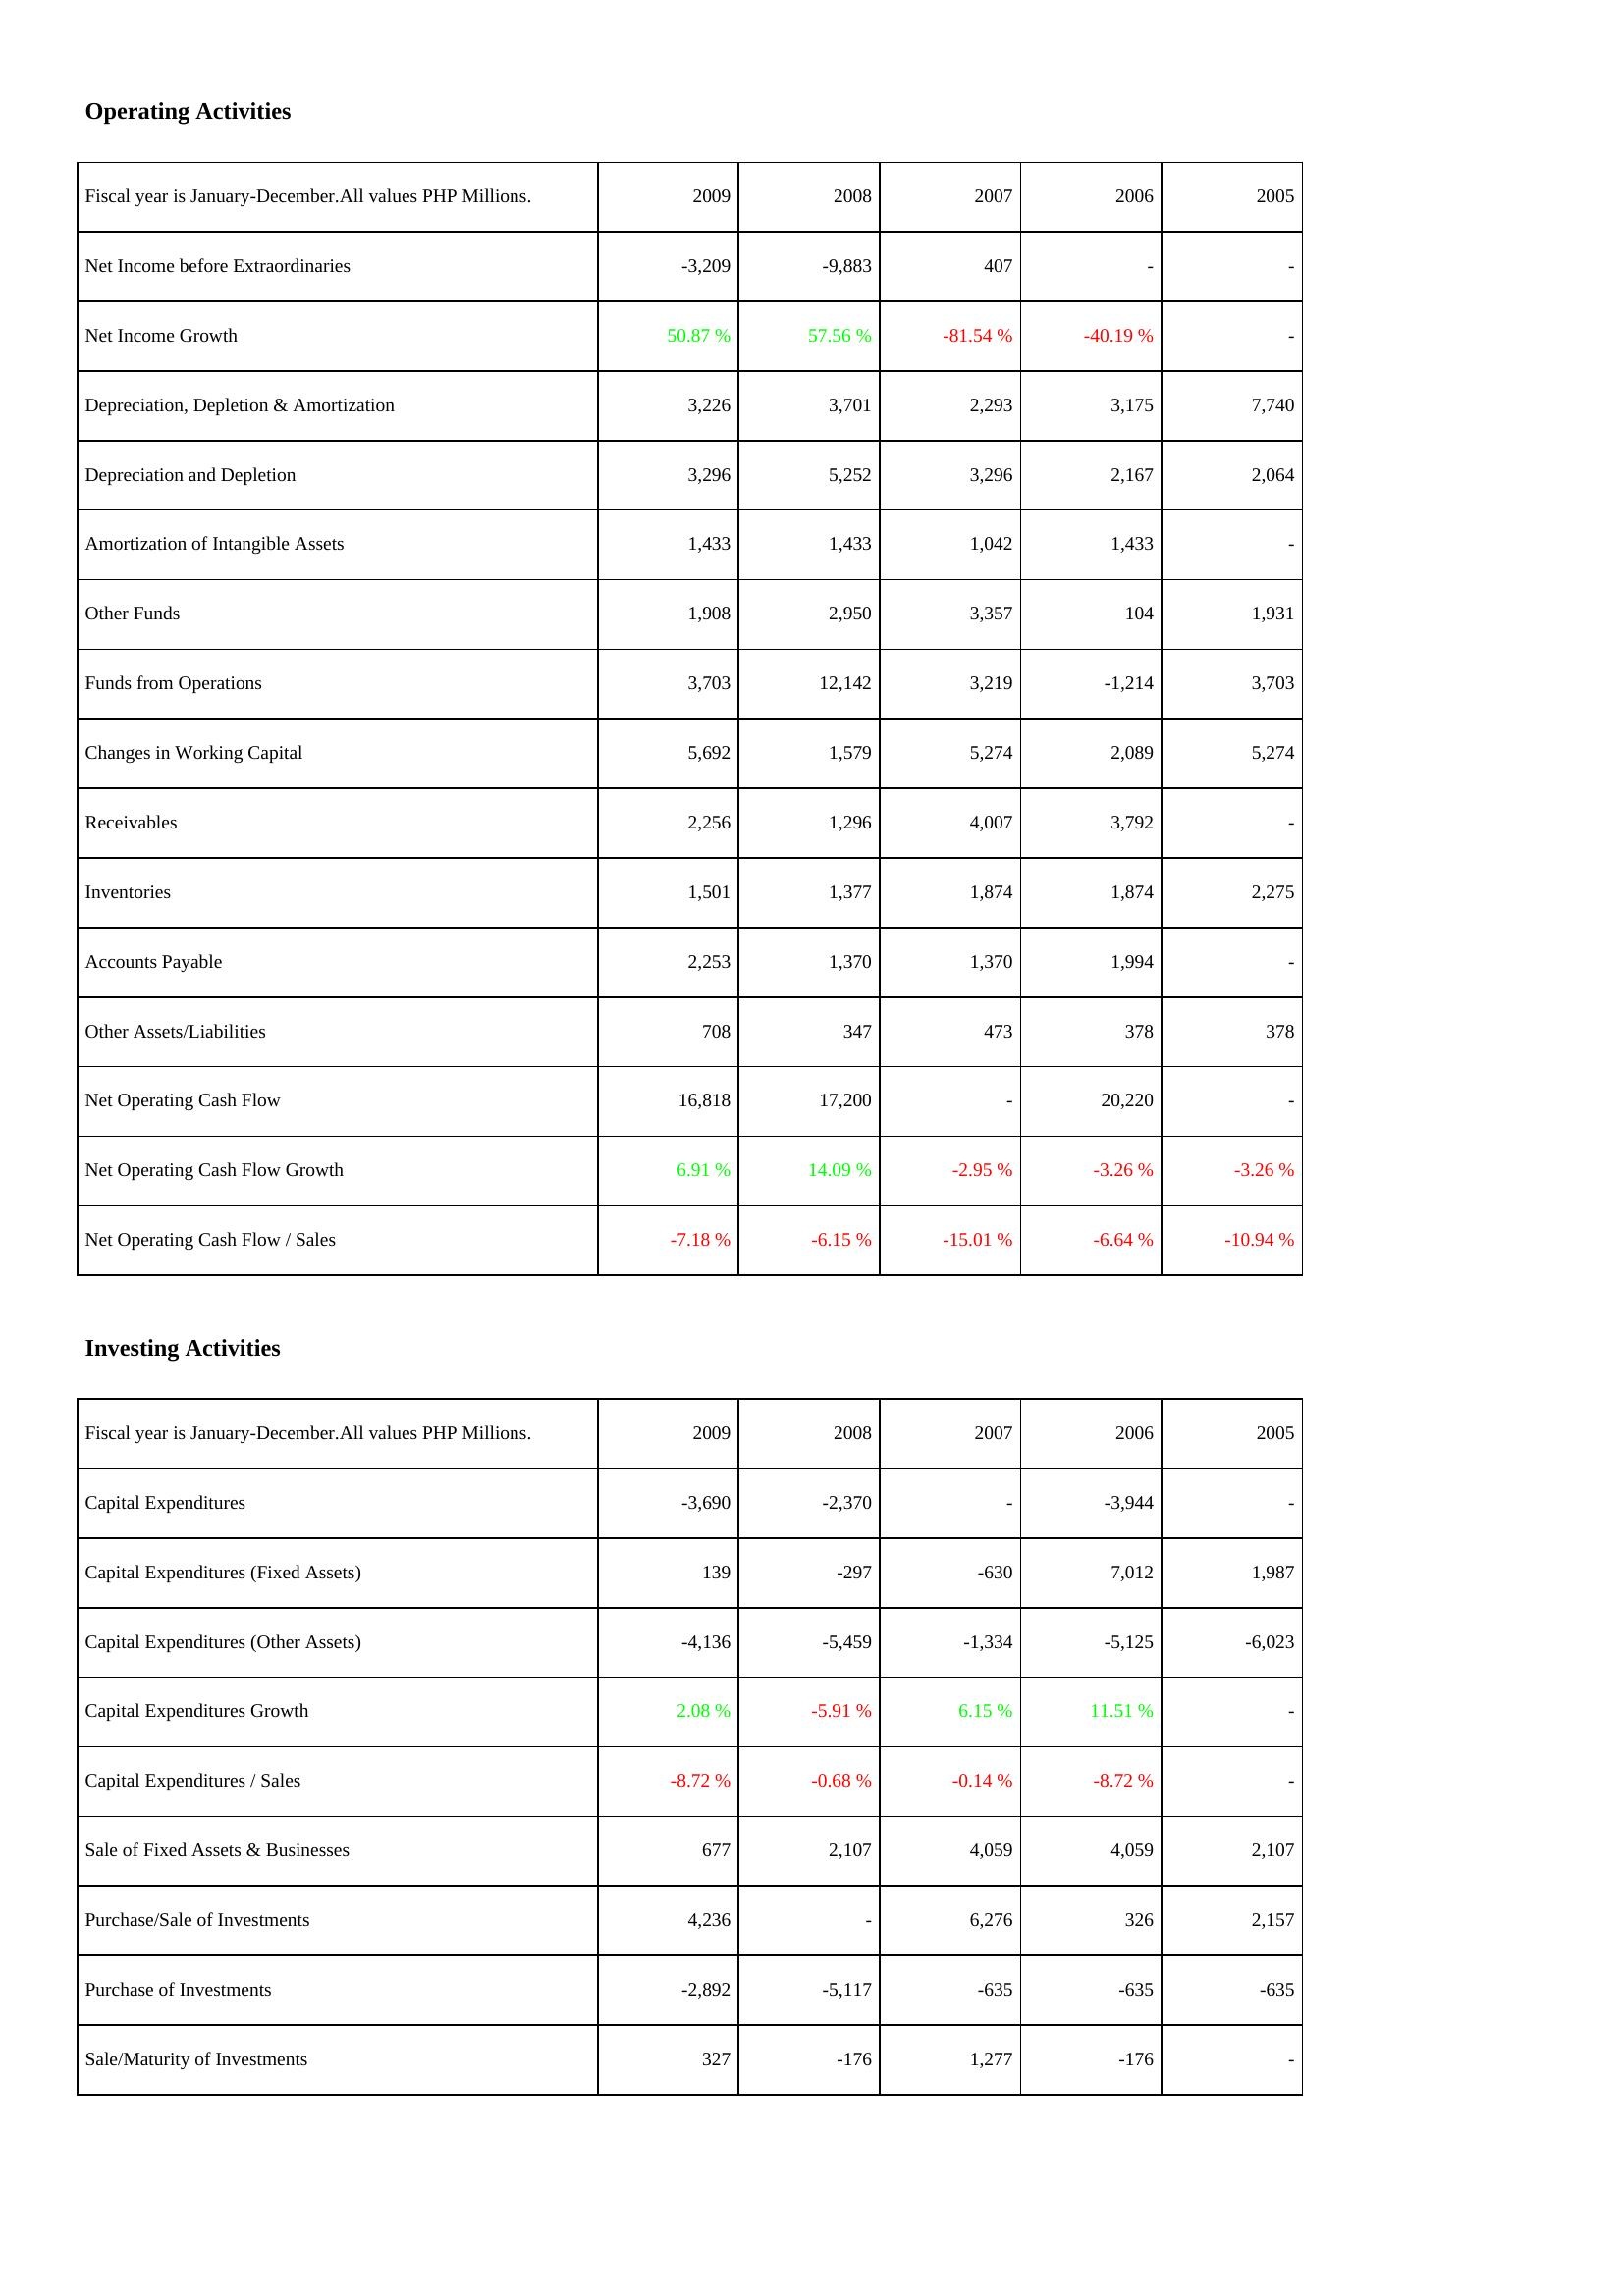
2009: Operating Activities: Net Income before Extraordinaries: -3,209
Net Income Growth: 50.87 %
Depreciation, Depletion & Amortization: 3,226
Depreciation and Depletion: 3,296
Amortization of Intangible Assets: 1,433
Other Funds: 1,908
Funds from Operations: 3,703
Changes in Working Capital: 5,692
Receivables: 2,256
Inventories: 1,501
Accounts Payable: 2,253
Other Assets/Liabilities: 708
Net Operating Cash Flow: 16,818
Net Operating Cash Flow Growth: 6.91 %
Net Operating Cash Flow / Sales: -7.18 %
Investing Activities: Capital Expenditures: -3,690
Capital Expenditures (Fixed Assets): 139
Capital Expenditures (Other Assets): -4,136
Capital Expenditures Growth: 2.08 %
Capital Expenditures / Sales: -8.72 %
Sale of Fixed Assets & Businesses: 677
Purchase/Sale of Investments: 4,236
Purchase of Investments: -2,892
Sale/Maturity of Investments: 327
2008: Operating Activities: Net Income before Extraordinaries: -9,883
Net Income Growth: 57.56 %
Depreciation, Depletion & Amortization: 3,701
Depreciation and Depletion: 5,252
Amortization of Intangible Assets: 1,433
Other Funds: 2,950
Funds from Operations: 12,142
Changes in Working Capital: 1,579
Receivables: 1,296
Inventories: 1,377
Accounts Payable: 1,370
Other Assets/Liabilities: 347
Net Operating Cash Flow: 17,200
Net Operating Cash Flow Growth: 14.09 %
Net Operating Cash Flow / Sales: -6.15 %
Investing Activities: Capital Expenditures: -2,370
Capital Expenditures (Fixed Assets): -297
Capital Expenditures (Other Assets): -5,459
Capital Expenditures Growth: -5.91 %
Capital Expenditures / Sales: -0.68 %
Sale of Fixed Assets & Businesses: 2,107
Purchase/Sale of Investments: -
Purchase of Investments: -5,117
Sale/Maturity of Investments: -176
2007: Operating Activities: Net Income before Extraordinaries: 407
Net Income Growth: -81.54 %
Depreciation, Depletion & Amortization: 2,293
Depreciation and Depletion: 3,296
Amortization of Intangible Assets: 1,042
Other Funds: 3,357
Funds from Operations: 3,219
Changes in Working Capital: 5,274
Receivables: 4,007
Inventories: 1,874
Accounts Payable: 1,370
Other Assets/Liabilities: 473
Net Operating Cash Flow: -
Net Operating Cash Flow Growth: -2.95 %
Net Operating Cash Flow / Sales: -15.01 %
Investing Activities: Capital Expenditures: -
Capital Expenditures (Fixed Assets): -630
Capital Expenditures (Other Assets): -1,334
Capital Expenditures Growth: 6.15 %
Capital Expenditures / Sales: -0.14 %
Sale of Fixed Assets & Businesses: 4,059
Purchase/Sale of Investments: 6,276
Purchase of Investments: -635
Sale/Maturity of Investments: 1,277
2006: Operating Activities: Net Income before Extraordinaries: -
Net Income Growth: -40.19 %
Depreciation, Depletion & Amortization: 3,175
Depreciation and Depletion: 2,167
Amortization of Intangible Assets: 1,433
Other Funds: 104
Funds from Operations: -1,214
Changes in Working Capital: 2,089
Receivables: 3,792
Inventories: 1,874
Accounts Payable: 1,994
Other Assets/Liabilities: 378
Net Operating Cash Flow: 20,220
Net Operating Cash Flow Growth: -3.26 %
Net Operating Cash Flow / Sales: -6.64 %
Investing Activities: Capital Expenditures: -3,944
Capital Expenditures (Fixed Assets): 7,012
Capital Expenditures (Other Assets): -5,125
Capital Expenditures Growth: 11.51 %
Capital Expenditures / Sales: -8.72 %
Sale of Fixed Assets & Businesses: 4,059
Purchase/Sale of Investments: 326
Purchase of Investments: -635
Sale/Maturity of Investments: -176
2005: Operating Activities: Net Income before Extraordinaries: -
Net Income Growth: -
Depreciation, Depletion & Amortization: 7,740
Depreciation and Depletion: 2,064
Amortization of Intangible Assets: -
Other Funds: 1,931
Funds from Operations: 3,703
Changes in Working Capital: 5,274
Receivables: -
Inventories: 2,275
Accounts Payable: -
Other Assets/Liabilities: 378
Net Operating Cash Flow: -
Net Operating Cash Flow Growth: -3.26 %
Net Operating Cash Flow / Sales: -10.94 %
Investing Activities: Capital Expenditures: -
Capital Expenditures (Fixed Assets): 1,987
Capital Expenditures (Other Assets): -6,023
Capital Expenditures Growth: -
Capital Expenditures / Sales: -
Sale of Fixed Assets & Businesses: 2,107
Purchase/Sale of Investments: 2,157
Purchase of Investments: -635
Sale/Maturity of Investments: -